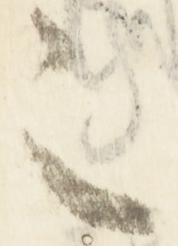
之